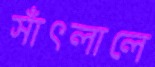
সাঁৎলালে